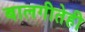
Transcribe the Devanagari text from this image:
बालगीतेही